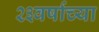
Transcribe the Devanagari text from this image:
२३वर्षाच्या